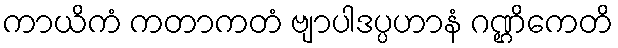
ကာယိကံ ကတာကတံ ဗျာပါဒပ္ပဟာနံ ဂဏ္ဌိကေတိ